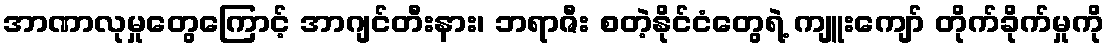
အာဏာလုမှုတွေကြောင့် အာဂျင်တီးနား၊ ဘရာဇီး စတဲ့နိုင်ငံတွေရဲ့ ကျူးကျော် တိုက်ခိုက်မှုကို